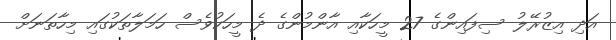
އަދި އިޒުރޭލު ސިފައިންގެ 27 މީހަކާއި އާންމުންގެ ދެ މީހަކުވެސް ހަމަލާތަކުގައި މިހާތަނަށް